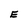
Character: E